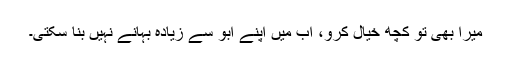
میرا بھی تو کچھ خیال کرو، اب میں اپنے ابو سے زیادہ بہانے نہیں بنا سکتی۔